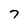
Character: 7